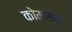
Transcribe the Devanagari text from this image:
कोमसफ़